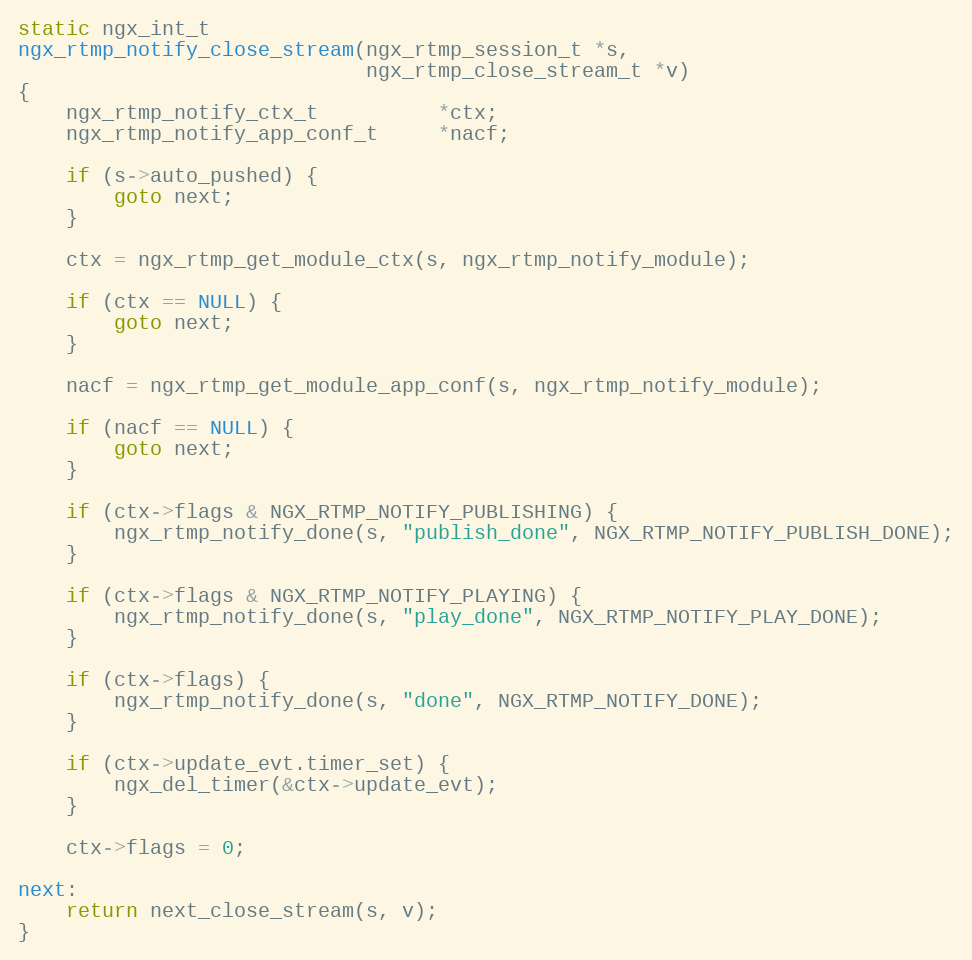
Language: C
static ngx_int_t
ngx_rtmp_notify_close_stream(ngx_rtmp_session_t *s,
                             ngx_rtmp_close_stream_t *v)
{
    ngx_rtmp_notify_ctx_t          *ctx;
    ngx_rtmp_notify_app_conf_t     *nacf;

    if (s->auto_pushed) {
        goto next;
    }

    ctx = ngx_rtmp_get_module_ctx(s, ngx_rtmp_notify_module);

    if (ctx == NULL) {
        goto next;
    }

    nacf = ngx_rtmp_get_module_app_conf(s, ngx_rtmp_notify_module);

    if (nacf == NULL) {
        goto next;
    }

    if (ctx->flags & NGX_RTMP_NOTIFY_PUBLISHING) {
        ngx_rtmp_notify_done(s, "publish_done", NGX_RTMP_NOTIFY_PUBLISH_DONE);
    }

    if (ctx->flags & NGX_RTMP_NOTIFY_PLAYING) {
        ngx_rtmp_notify_done(s, "play_done", NGX_RTMP_NOTIFY_PLAY_DONE);
    }

    if (ctx->flags) {
        ngx_rtmp_notify_done(s, "done", NGX_RTMP_NOTIFY_DONE);
    }

    if (ctx->update_evt.timer_set) {
        ngx_del_timer(&ctx->update_evt);
    }

    ctx->flags = 0;

next:
    return next_close_stream(s, v);
}